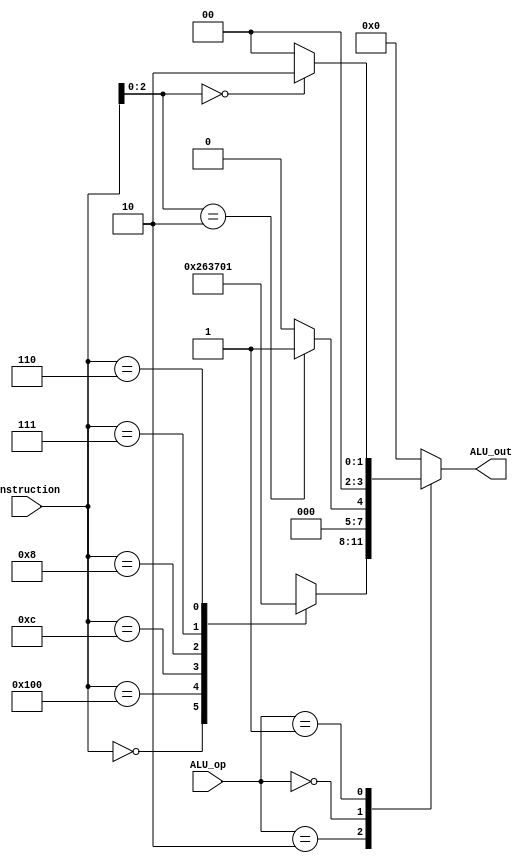
module ALU_control(ALU_op, instruction, ALU_out);

    // I/O

    input [1:0] ALU_op;

    // Func7, Func3
    input [9:0] instruction;
    
    // Controls ALU unit
    // 4'bxxxx - No Op
    // 4'b0010 - Addition
    // 4'b0110 - Subtraction
    // 4'b0011 - Division
    // 4'b0111 - Multiplication
    // 4'b0000 - AND
    // 4'b0001 - OR
    output reg [3:0] ALU_out;

    always @ * begin

        case (ALU_op)

            //  R-Type
            2'b10: begin

                case(instruction)

                    // Do Nothing
                    default:
                        ALU_out = 4'bxxxx;

                    // Addition
                    10'b0000000000:
                        ALU_out = 4'b0010;

                    // Subtraction
                    10'b0100000000:
                        ALU_out = 4'b0110;

                    // Division
                    10'b0000001100:
                        ALU_out = 4'b0011;

                    // Multiplication
                    10'b0000001000:
                        ALU_out = 4'b0111;

                    // AND
                    10'b0000000111:
                        ALU_out = 4'b0000;

                    // OR
                    10'b0000000110:
                        ALU_out = 4'b0001;

                endcase
            end

            // Load/Store
            2'b00: begin
                case(instruction[2:0])
                
                    // Do Nothing
                    default:
                        ALU_out = 3'b000;

                    // lw & sw
                    3'b010:
                        ALU_out = 3'b001;

                endcase
            end

            // Branch
            2'b01: begin
                case(instruction[2:0])

                    // Do Nothing
                    default:
                        ALU_out = 3'b000;

                    // beq
                    3'b000:
                        ALU_out = 3'b010;

                endcase
            end

            default:
                ALU_out = 3'b000;
        endcase
    end

endmodule